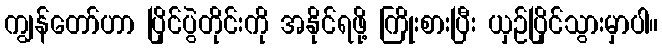
ကျွန်တော်ဟာ ပြိုင်ပွဲတိုင်းကို အနိုင်ရဖို့ ကြိုးစားပြီး ယှဉ်ပြိုင်သွားမှာပါ။